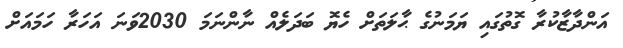
އަންދާޒާކުރާ ގޮތުގައި ޔަމަނުގެ ޙާލަތަށް ހެޔޮ ބަދަލެއް ނާންނަމަ 2030ވަނަ އަހަރާ ހަމައަށް